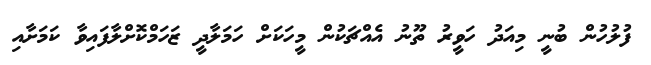
ފުލުހުން ބުނީ މިއަދު ހަވީރު ތޫނު އެއްޗަކުން މީހަކަށް ހަމަލާދީ ޒަހަމްކޮށްލާފައިވާ ކަމަށާއި